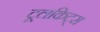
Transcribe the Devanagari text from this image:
टूलकिट्स